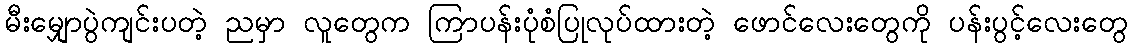
မီးမျှောပွဲကျင်းပတဲ့ ညမှာ လူတွေက ကြာပန်းပုံစံပြုလုပ်ထားတဲ့ ဖောင်လေးတွေကို ပန်းပွင့်လေးတွေ